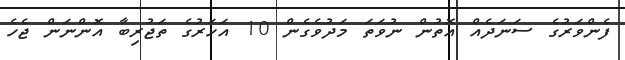
ފެންވަރުގެ ސަނަދެއް އޮތުން ނުވަތަ މަދުވެގެން 10 އަހަރުގެ ތަޖުރިބާ އޮންނަން ޖެހެ